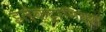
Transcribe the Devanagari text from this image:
इलेक्ट्रानिक्स